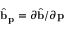
\hat { \mathbf { b } } _ { \mathbf { p } } = \partial \hat { \mathbf { b } } / \partial { \mathbf { p } }